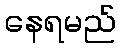
နေရမည်